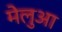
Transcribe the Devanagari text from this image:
मेलुआ